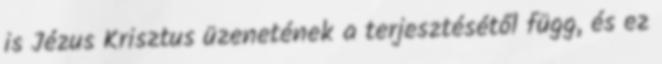
is Jézus Krisztus üzenetének a terjesztésétől függ, és ez